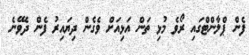
ފެން ޕްލާންޓްގައި ރޯވެ މުޅި ތަން އަޅިއަށް ވެގެން ދިޔައިރު ފެން ދެވޭނެ